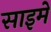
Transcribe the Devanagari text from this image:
साइमे